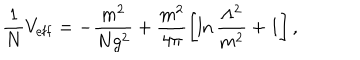
LaTeX: \frac { 1 } { N } V _ { \mathrm { e f f } } = - \frac { m ^ { 2 } } { N g ^ { 2 } } + \frac { m ^ { 2 } } { 4 \pi } \left[ \ln \frac { \Lambda ^ { 2 } } { m ^ { 2 } } + 1 \right] ,